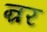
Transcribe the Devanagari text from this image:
न्रर